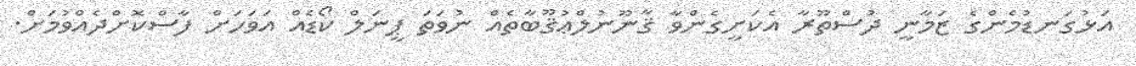
އަޅުގަނޑުމެންގެ ޒަމާނީ ދުސްތޫރާ އެކަށީގެންވާ ޤާނޫނުލްޢުޤޫބާތެއް ނުވަތަ ޕީނަލް ކޯޑެއް އަވަހަށް ފާސްކޮށްދެއްވުމަށް.